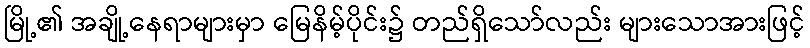
မြို့၏ အချို့နေရာများမှာ မြေနိမ့်ပိုင်း၌ တည်ရှိသော်လည်း များသောအားဖြင့်